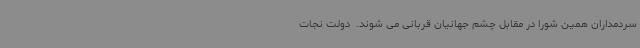
سردمداران همین شورا در مقابل چشم جهانیان قربانی می شوند. ‌ دولت نجات